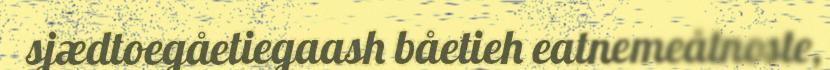
sjædtoegåetiegaash båetieh eatnemeåtnoste,